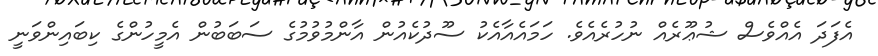
އެފަދަ އެއްވެސް ޝުޢޫރެއް ނުހުރެއެވެ. ހަމައެއާއެކު ސޫދުކެއުން އާންމުވުމުގެ ސަބަބުން އެމީހުންގެ ކިބައިންވަނީ